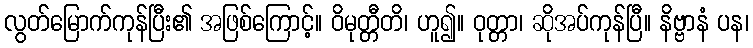
လွတ်မြောက်ကုန်ပြီး၏ အဖြစ်ကြောင့်။ ဝိမုတ္တီတိ၊ ဟူ၍။ ဝုတ္တာ၊ ဆိုအပ်ကုန်ပြီ။ နိဗ္ဗာနံ ပန၊